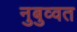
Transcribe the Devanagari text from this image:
नुबुव्वत